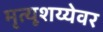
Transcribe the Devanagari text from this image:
मृत्यूशय्येवर